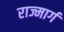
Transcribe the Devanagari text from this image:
राज्मार्ग